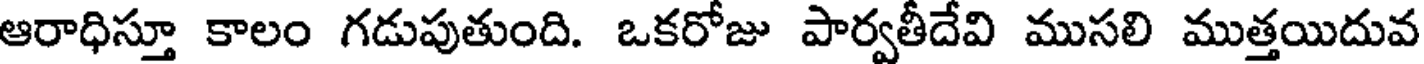
ఆరాధిస్తూ కాలం గడుపుతుంది. ఒకరోజు పార్వతీదేవి ముసలి ముత్తయిదువ